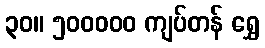
၃၀။ ၅၀၀၀၀၀ ကျပ်တန် ရွှေ